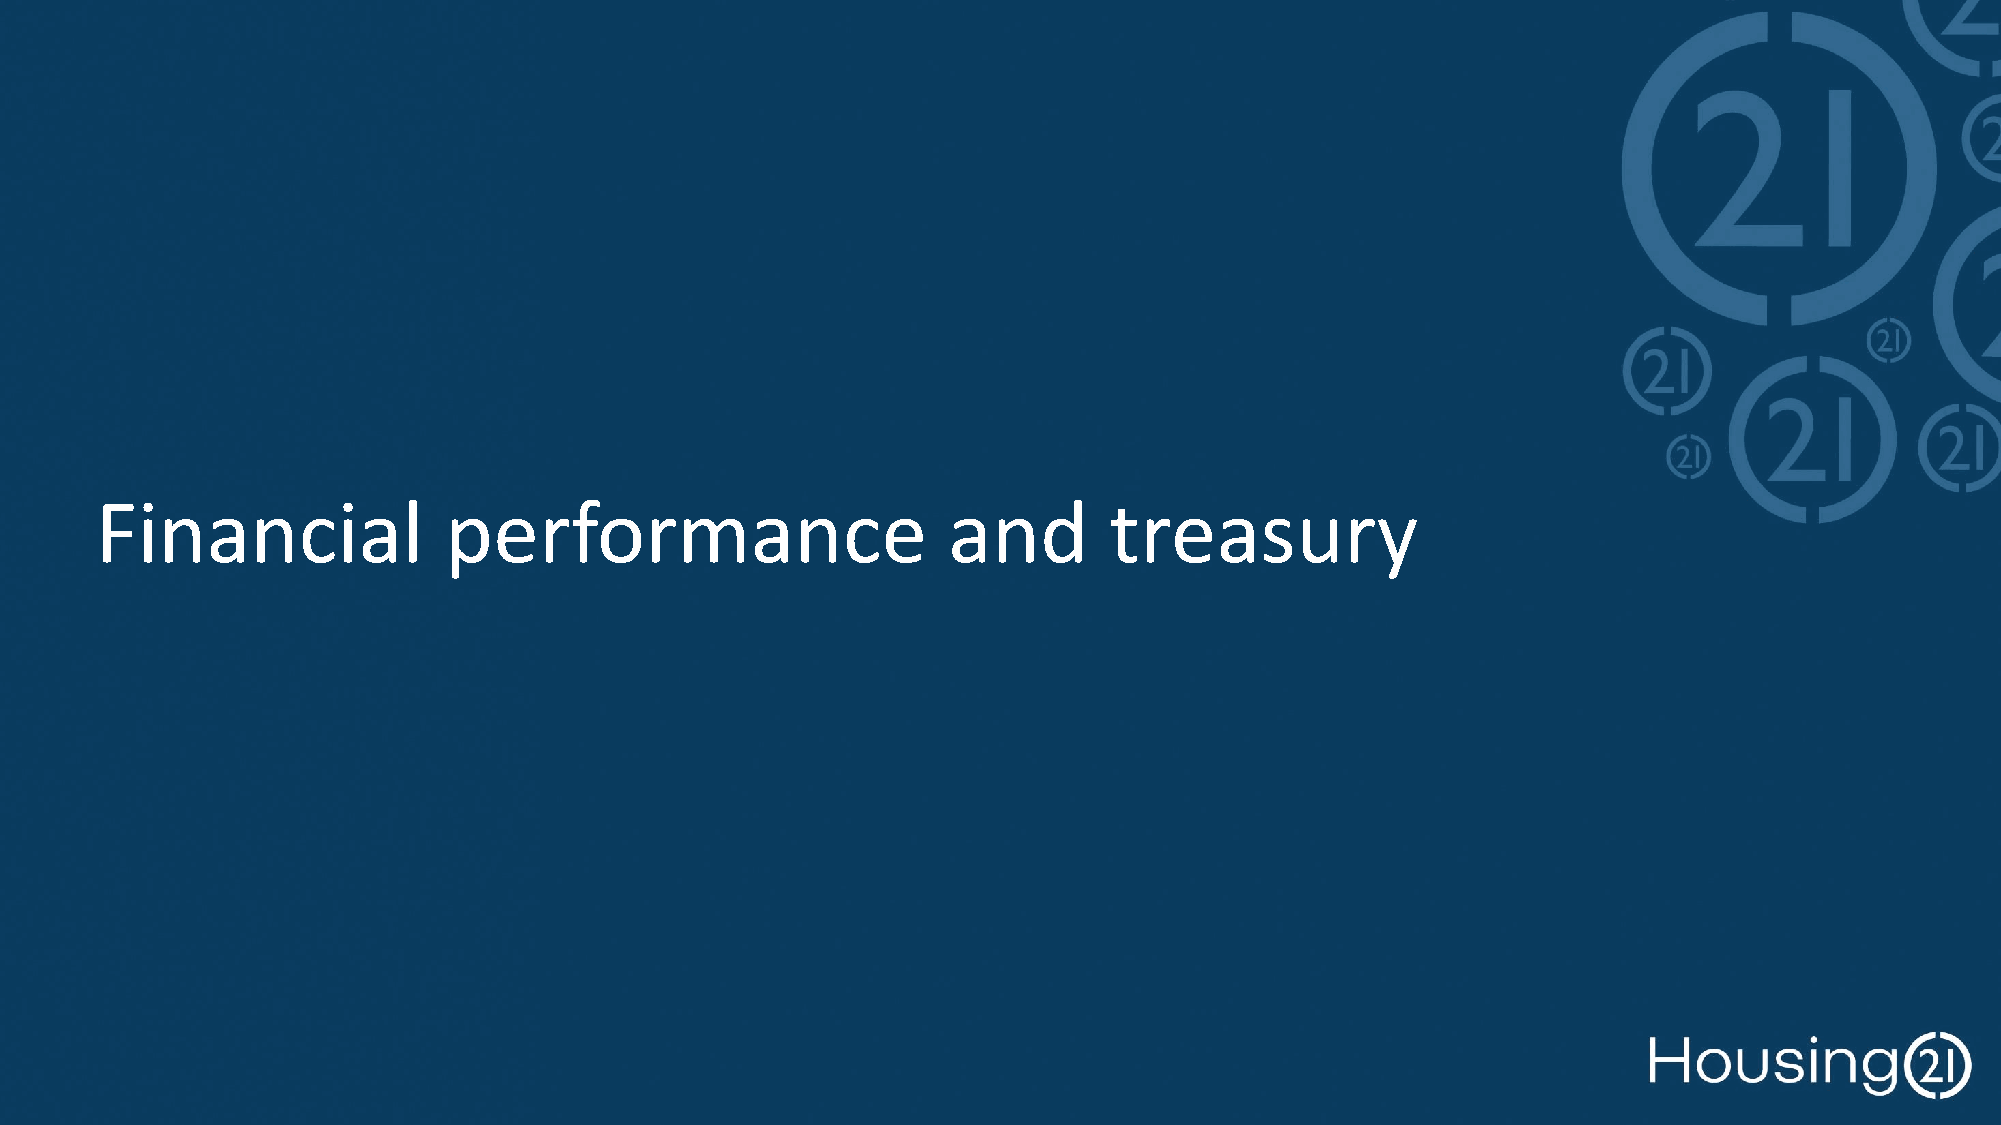
Financial              performance                       and       treasury